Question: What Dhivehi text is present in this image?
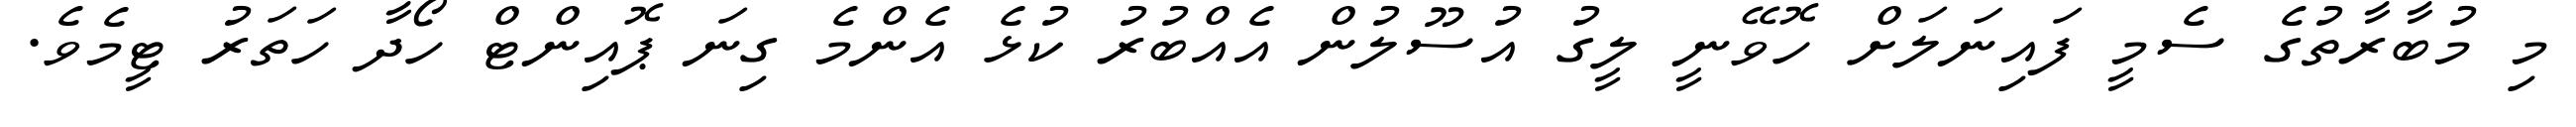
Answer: މި މުބާރާތުގެ ސެމީ ފައިނަލަށް ހޮވޭނީ ލީގު އުސޫލުން އެއްބުރު ކުޅެ އެންމެ ގިނަ ޕޮއިންޓް ހޯދާ ހަތަރު ޓީމެވެ.